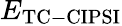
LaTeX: E_{\mathrm{{TC-CIPSI}}}